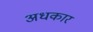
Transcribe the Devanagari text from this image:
अधकार